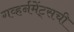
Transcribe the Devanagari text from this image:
गव्हर्नमेंट्सची